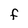
Character: F